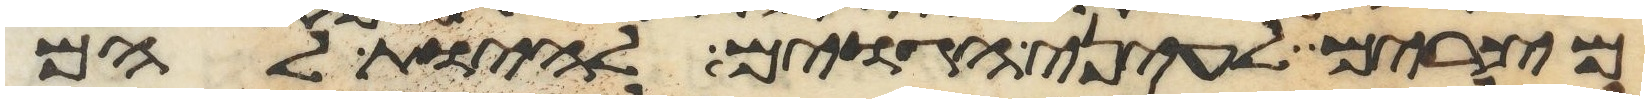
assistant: מצרים לעיני הגוים להיות להם